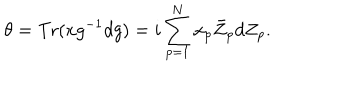
\theta = \mathrm { T r } ( x g ^ { - 1 } d g ) = i \sum _ { p = 1 } ^ { N } x _ { p } \bar { Z } _ { p } d Z _ { p } .